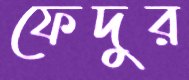
ফেদুর